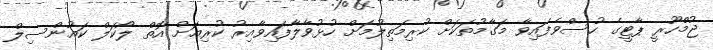
ޖުމްހޫރީ ޕާޓީގެ ހުސްވެފައިވާ މަގާމުތަކަށް ކުރިމަތިލުމަށް ހުޅުވާލާފައިވާއިރު ކުރިއަށް އޮތް ލޯކަލް ކައުންސިލް